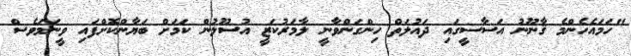
"ހަމައެހެންމެ ޤާނޫނު އަސާސީގައި ދައުލަތް ހިންގަންވާނީ ލާމަރުކަޒީ އުސޫލުން ކަމަށް ބަޔާންކޮށްފައި ވީނަމަވެސް